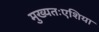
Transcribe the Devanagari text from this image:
मुख्यतःएशिया